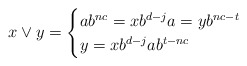
\begin{align*}x\vee y=\begin{cases}ab^{nc}=xb^{d-j}a=yb^{nc-t}&\\y=xb^{d-j}ab^{t-nc}&\end{cases}\end{align*}